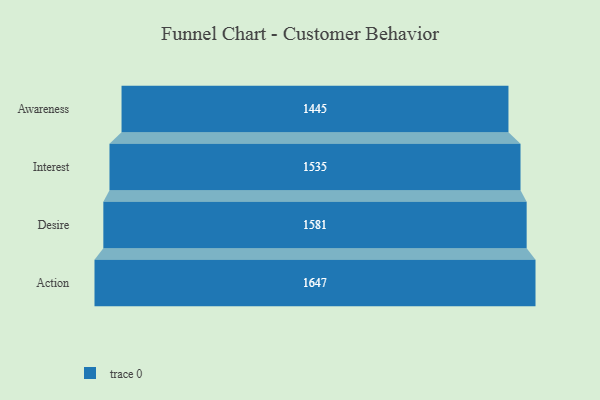
{"axis": {"x": "Stage", "y": "Value"}, "legend": [""], "data": [{"x": "Awareness", "y": 1445.0, "type": ""}, {"x": "Interest", "y": 1535.0, "type": ""}, {"x": "Desire", "y": 1581.0, "type": ""}, {"x": "Action", "y": 1647.0, "type": ""}]}